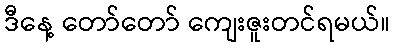
ဒီနေ့ တော်တော် ကျေးဇူးတင်ရမယ်။